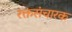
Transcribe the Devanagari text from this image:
रक्तसंचारक